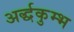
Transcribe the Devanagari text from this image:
अर्द्धकुम्भ